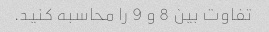
تفاوت بین 8 و 9 را محاسبه کنید.